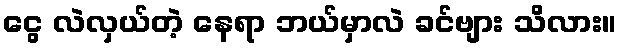
ငွေ လဲလှယ်တဲ့ နေရာ ဘယ်မှာလဲ ခင်ဗျား သိလား။